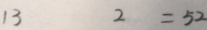
1 3 2 = 5 2